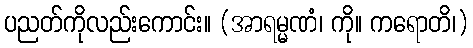
ပညတ်ကိုလည်းကောင်း။ (အာရမ္မဏံ၊ ကို။ ကရောတိ၊)